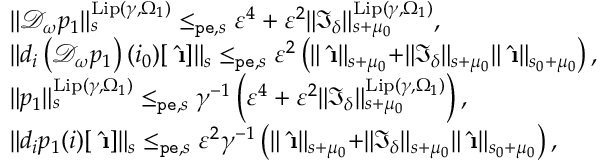
\begin{array} { r l } & { \rVert \mathcal { D } _ { \omega } p _ { 1 } \rVert _ { s } ^ { \mathrm { L i p } ( \gamma , \Omega _ { 1 } ) } \le _ { \mathtt { p e } , s } \varepsilon ^ { 4 } + \varepsilon ^ { 2 } \rVert \mathfrak { I } _ { \delta } \rVert _ { s + \mu _ { 0 } } ^ { \mathrm { L i p } ( \gamma , \Omega _ { 1 } ) } , } \\ & { \rVert d _ { i } \left( \mathcal { D } _ { \omega } p _ { 1 } \right) ( i _ { 0 } ) [ \hat { \textbf { \i } } ] \rVert _ { s } \le _ { \mathtt { p e } , s } \varepsilon ^ { 2 } \left( \rVert \hat { \textbf { \i } } \rVert _ { s + \mu _ { 0 } } + \rVert \mathfrak { I } _ { \delta } \rVert _ { s + \mu _ { 0 } } \rVert \hat { \textbf { \i } } \rVert _ { s _ { 0 } + \mu _ { 0 } } \right) , } \\ & { \rVert p _ { 1 } \rVert _ { s } ^ { \mathrm { L i p } ( \gamma , \Omega _ { 1 } ) } \le _ { \mathtt { p e } , s } \gamma ^ { - 1 } \left( \varepsilon ^ { 4 } + \varepsilon ^ { 2 } \rVert \mathfrak { I } _ { \delta } \rVert _ { s + \mu _ { 0 } } ^ { \mathrm { L i p } ( \gamma , \Omega _ { 1 } ) } \right) , } \\ & { \rVert d _ { i } p _ { 1 } ( i ) [ \hat { \textbf { \i } } ] \rVert _ { s } \le _ { \mathtt { p e } , s } \varepsilon ^ { 2 } \gamma ^ { - 1 } \left( \rVert \hat { \textbf { \i } } \rVert _ { s + \mu _ { 0 } } + \rVert \mathfrak { I } _ { \delta } \rVert _ { s + \mu _ { 0 } } \rVert \hat { \textbf { \i } } \rVert _ { s _ { 0 } + \mu _ { 0 } } \right) , } \end{array}